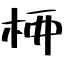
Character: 𫞉